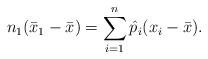
LaTeX: \begin{align*}n_1(\bar x_1-\bar x) = \sum_{i=1}^n\hat p_i(x_i-\bar x).\end{align*}